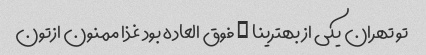
تو تهران یکی از بهترینا … فوق العاده بود غذا ممنون ازتون